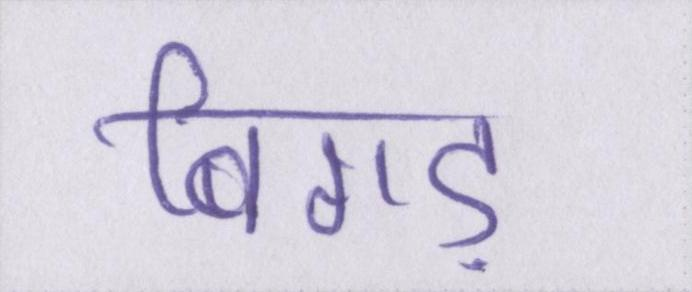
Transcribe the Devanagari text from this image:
बिगड़